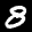
Label: 8